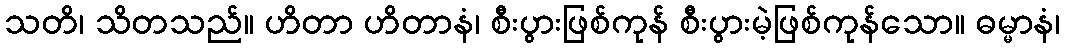
သတိ၊ သိတသည်။ ဟိတာ ဟိတာနံ၊ စီးပွားဖြစ်ကုန် စီးပွားမဲ့ဖြစ်ကုန်သော။ ဓမ္မာနံ၊